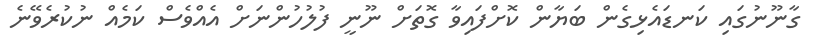
ގާނޫނުގައި ކަނޑައެޅިގެން ބަޔާން ކޮށްފައިވާ ގޮތަށް ނޫނީ ފުލުހުންނަށް އެއްވެސް ކަމެއް ނުކުރެވޭނެ